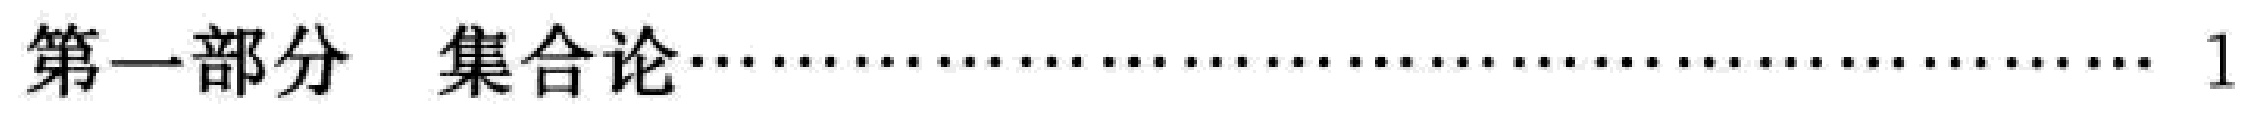
第一部分 \ 集合论\dotfill 1